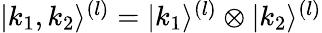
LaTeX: \begin{array}{r}{|k_{1},k_{2}\rangle^{(l)}=|k_{1}\rangle^{(l)}\otimes|k_{2}\rangle^{(l)}}\end{array}